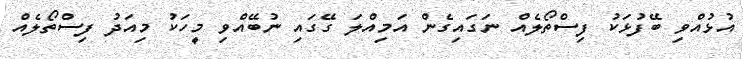
އުޅުއްވި ބޭފުޅަކު ފިސްތޯލެއް ނަގައިގެން އަމިއްލަ ގޭގައި ނުބޭއްވި މީހަކު މިއަދު ފިސްތޯލެއް